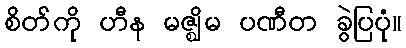
စိတ်ကို ဟီန မဇ္ဈိမ ပဏီတ ခွဲပြပုံ။